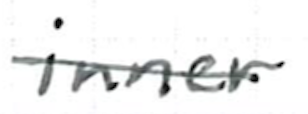
Text: inner
Cross-out: single-line
Writing tool: ballpoint